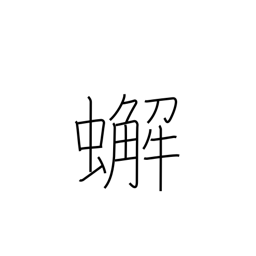
Meaning: crab